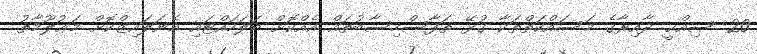
20. ޞިއްޙީ ދާއިރާގެ މަސައްކަތްތަކާ ގުޅޭ ތަފާސްހިސާބުތައް އެއްކޮށް ބަލަހައްޓައި އެނަލައިޒްކޮށް މަޢުލޫމާތު